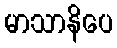
မာသာနိပေ